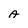
Character: A